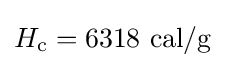
H_{\text{c}}=6318{\text{ cal/g}}